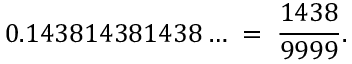
0 . 1 4 3 8 1 4 3 8 1 4 3 8 \ldots \; = \; { \frac { 1 4 3 8 } { 9 9 9 9 } } .